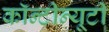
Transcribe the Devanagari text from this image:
कॉन्टीन्यूटी